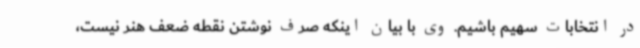
در انتخابات سهیم باشیم. وی با بیان اینکه صرف نوشتن نقطه ضعف هنر نیست،